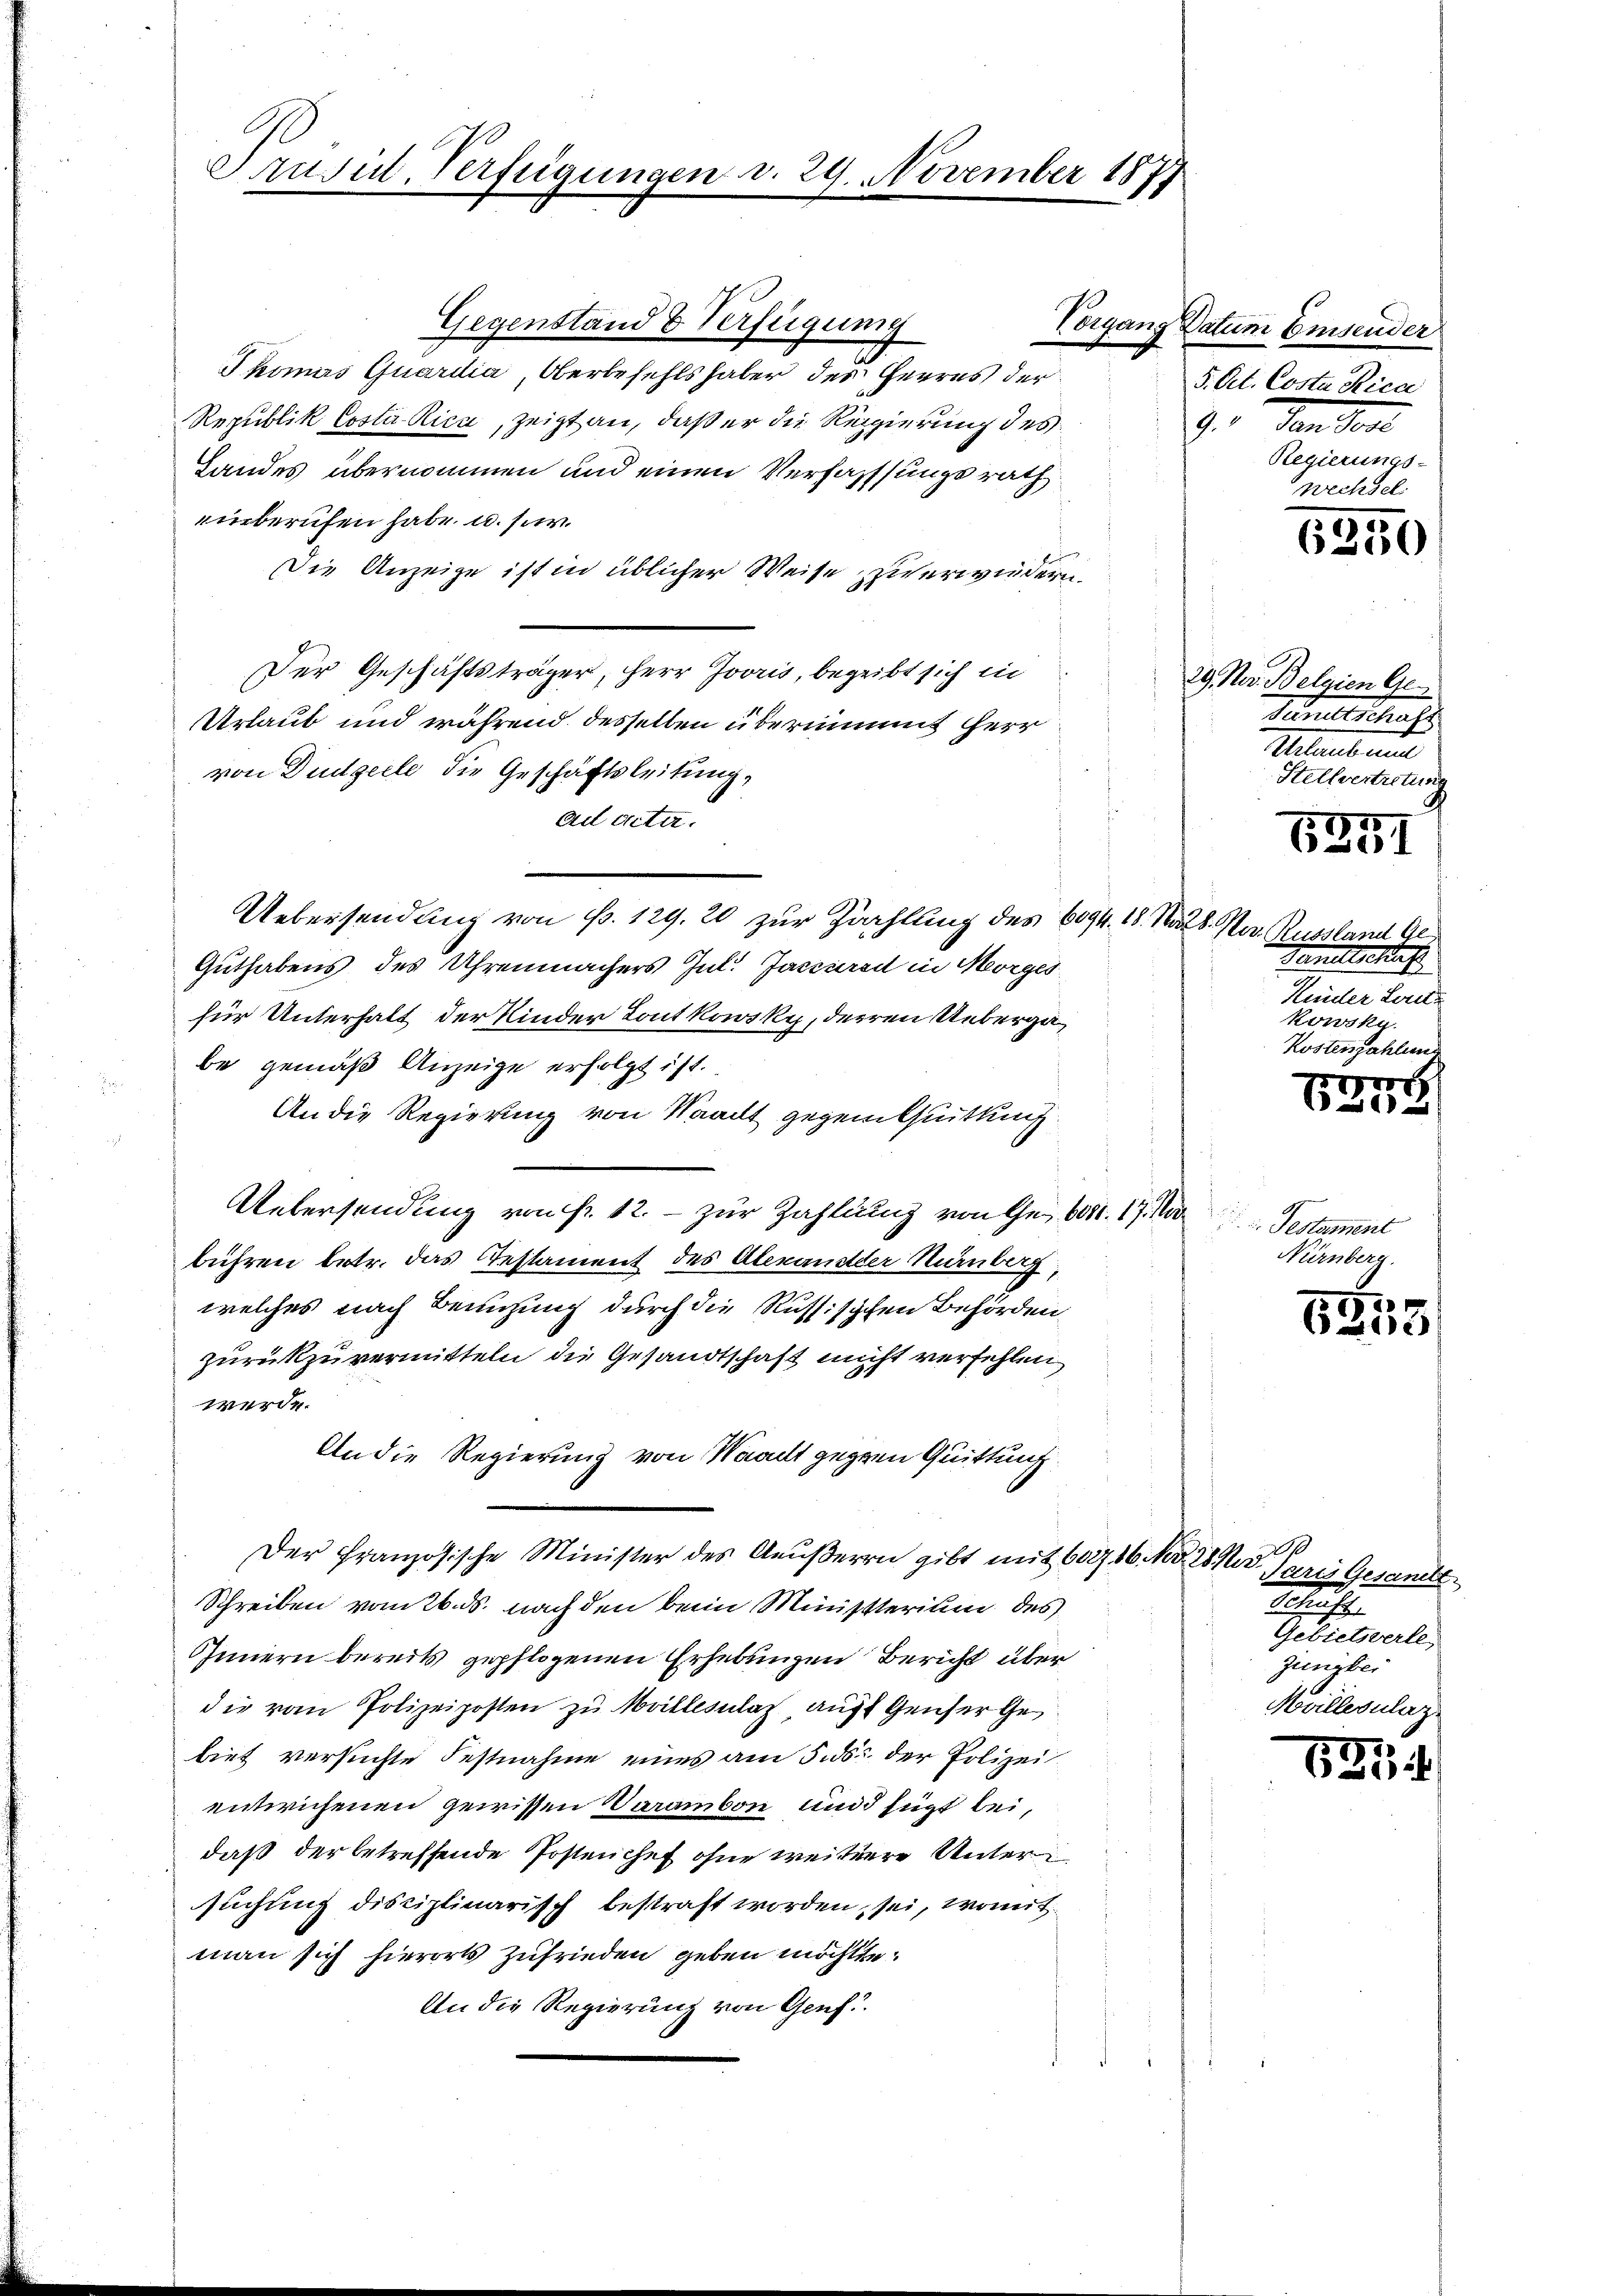
Srusul-Verfügungen v. 29. November 1877

Gegenstand & Verfügung
Thomas Quardia, Oberbefehls haber des Herres der
Republik Costa Rica, zeigt an, daß er die Regierung des
Landes übernommen und einen Verfassungsrath
einberufen habe u. sr.
Die Anzeige ist in üblicher Weise zu erwiedern.
Der Geschäftsträger, Herr Jovris, begeibt sich in
Urlaub und während desselben übernimmt herr
von Düdgeele die Geschäftsleitung,
ad acta.
Uebersendung von P. 129. 20 zur Zahlung des 6094. 18. Narb. Na
Guthabens des Uhrenmachers Jul. Jaccured in Morges
für Unterhalt der Kinder Loutkowsky, deren Uebergabe gemäß Anzeige erfolgt ist.
An die Regierung von Waadt gegentuittung
Uebersendung von fr. 12. - zur Zahlung von Gebert. 17. Mai Testament
bühren betr. das Testament des Alexander Münberg,
welches nach Benutzung durch die Russischen Behörden.
zurückzuvermitteln die Gesandtschaft nicht verfehlen
werde.
An die Regierung von Waadt gegen Quittung
Der Französische Minister des Aeußeren gibt mit 602786
Schreiben vom 26. ds. nach den beim Ministerium des
Innern bereits gepflogenen Erhebungen Bericht über
die vom Polizeiposten zu villesalat auff Generge
biet versuchte Festnahme eines am 5. ds. der Polizei.
entwichenen gewissen Varambon und fügt bei,
daß der betreffende Postenchef ohne weitere Unter
suchung disciplinarisch bestraft worden, sei, womit
man sich hierorts zufrieden geben möchtte.
An die Regierung von Genf.

Veganz

atum Emsender
5. Oct. Costa Rica
9. Von der
Regierungs-
wechsel.

5
6350

29. Nov. Belgien Ge
Ganellschuss
Mitarb au
Stellvertretun

5211

Russland Ge-
Tandschaf
Kinder Leute
kowsky.
Kostenzahlung

r
620

Nürnberg.

19
2

d
Se
Faris Gesan
Schrift
Gebietsverle
Jungber
Möllerulaz

531.